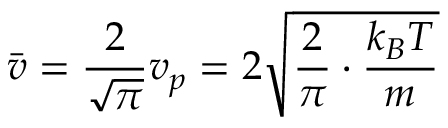
\quad { \bar { v } } = { \frac { 2 } { \sqrt { \pi } } } v _ { p } = 2 { \sqrt { { \frac { 2 } { \pi } } \cdot { \frac { k _ { B } T } { m _ { } } } } }